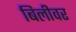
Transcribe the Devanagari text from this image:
बिलीवर